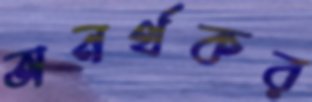
অনর্থকর